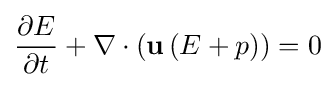
{\frac {\partial E}{\partial t}}+\nabla \cdot \left(\mathbf {u} \left(E+p\right)\right)=0\,\!